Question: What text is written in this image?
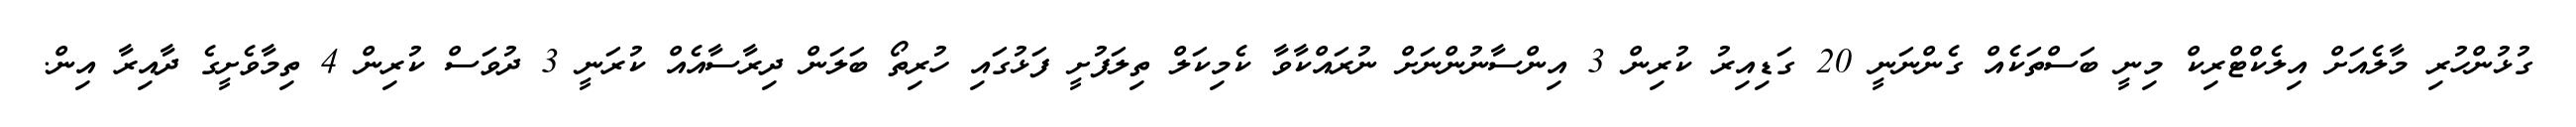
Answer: ގުޅުންހުރި މާލެއަށް އިލެކްޓްރިކް މިނީ ބަސްތަކެއް ގެންނަނީ 20 ގަޑިއިރު ކުރިން 3 އިންސާނުންނަށް ނުރައްކާވާ ކެމިކަލް ތިލަފުށީ ފަޅުގައި ހުރިތޯ ބަލަން ދިރާސާއެއް ކުރަނީ 3 ދުވަސް ކުރިން 4 ތިމާވެށީގެ ދާއިރާ އިން.